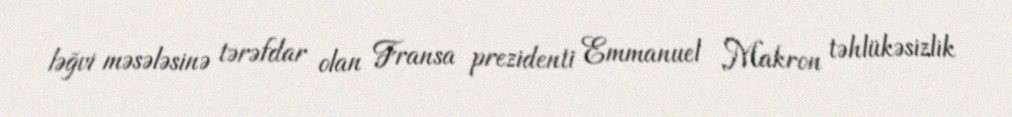
ləğvi məsələsinə tərəfdar olan Fransa prezidenti Emmanuel Makron təhlükəsizlik